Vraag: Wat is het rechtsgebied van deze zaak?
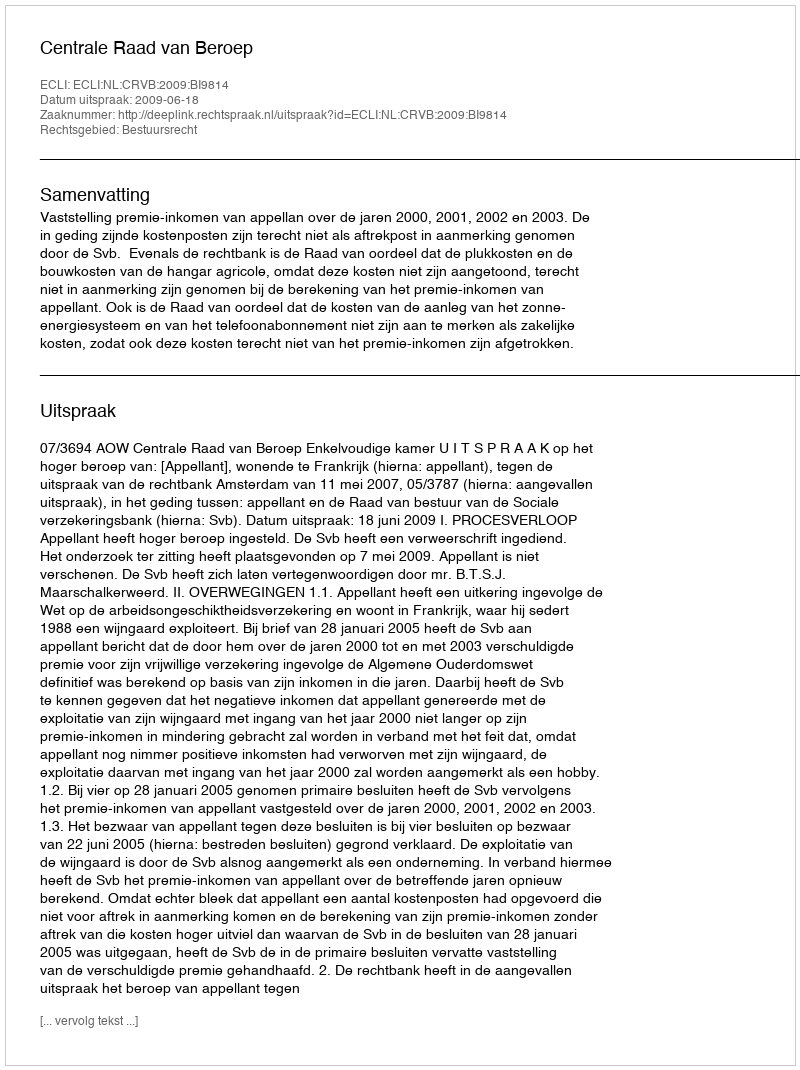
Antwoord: Bestuursrecht